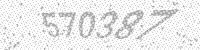
Solution: 570387